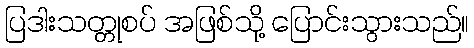
ပြဒါးသတ္တုစပ် အဖြစ်သို့ ပြောင်းသွားသည်။